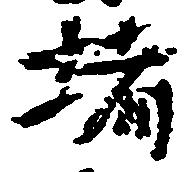
堵